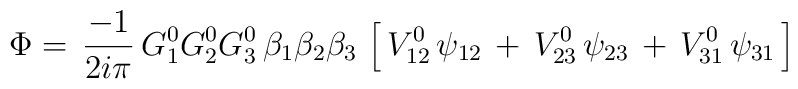
\Phi=\,{-1\over2i\pi}\,G^0_1G^0_2G^0_3\,\beta_1\beta_2\beta_3\,\left[\,V^0_{12}\,\psi_{12}\,+\,V^0_{23}\,\psi_{23}\,+\,V^0_{31}\,\psi_{31}\,\right]